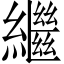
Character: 繼